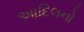
આદિલનો